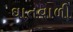
ઘાતવાળી